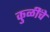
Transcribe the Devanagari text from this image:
कुळींचे